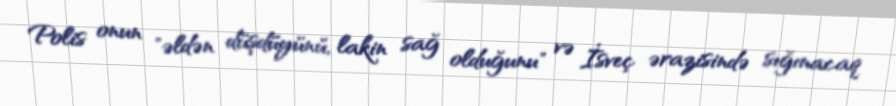
Polis onun "əldən düşdüyünü, lakin sağ olduğunu" və İsveç ərazisində sığınacaq